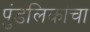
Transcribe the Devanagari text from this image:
पुंडलिकांचा